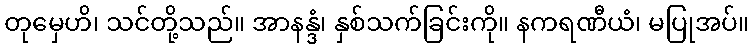
တုမှေဟိ၊ သင်တို့သည်။ အာနန္ဒံ၊ နှစ်သက်ခြင်းကို။ နကရဏီယံ၊ မပြုအပ်။